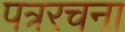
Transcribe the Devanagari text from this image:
पत्ररचना